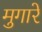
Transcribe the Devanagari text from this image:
मुगारे